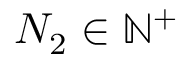
N _ { 2 } \in \mathbb { N } ^ { + }